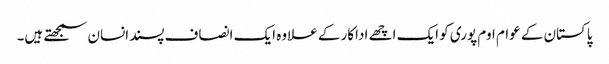
پاکستان کے عوام اوم پوری کو ایک اچھے اداکار کے علاوہ ایک انصاف پسندانسان سمجھتے ہیں۔